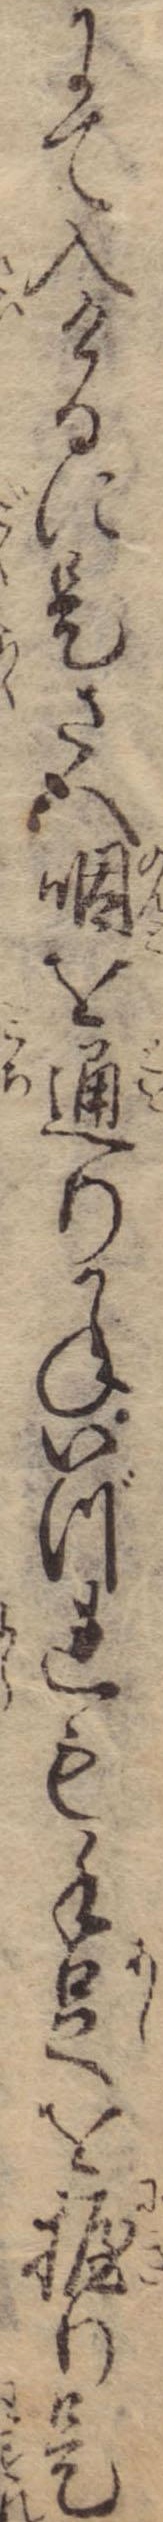
にて入けるに是さへ咽を通りかねいづれも手足を握り是